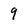
Character: 9